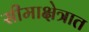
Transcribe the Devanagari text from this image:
सीमाक्षेत्रात